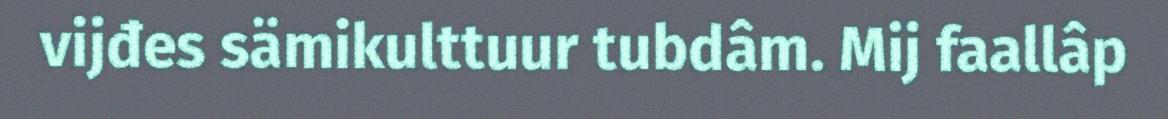
vijđes sämikulttuur tubdâm. Mij faallâp